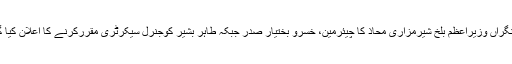
سابق نگراں وزیراعظم بلخ شیرمزاری محاذ کا چیئرمین، خسرو بختیار صدر جبکہ طاہر بشیر کوجنرل سیکرٹری مقررکرنے کا اعلان کیا گیا تھا۔